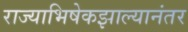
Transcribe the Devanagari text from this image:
राज्याभिषेकझाल्यानंतर